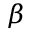
\beta